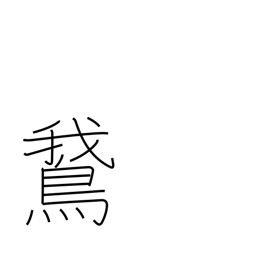
Meaning: goose